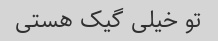
تو خیلی گیک هستی